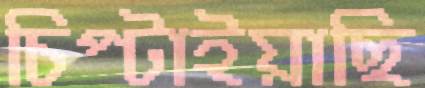
চিপ্‌টাইয়াছি